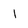
Character: 1